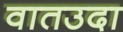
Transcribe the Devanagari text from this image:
वातउदा